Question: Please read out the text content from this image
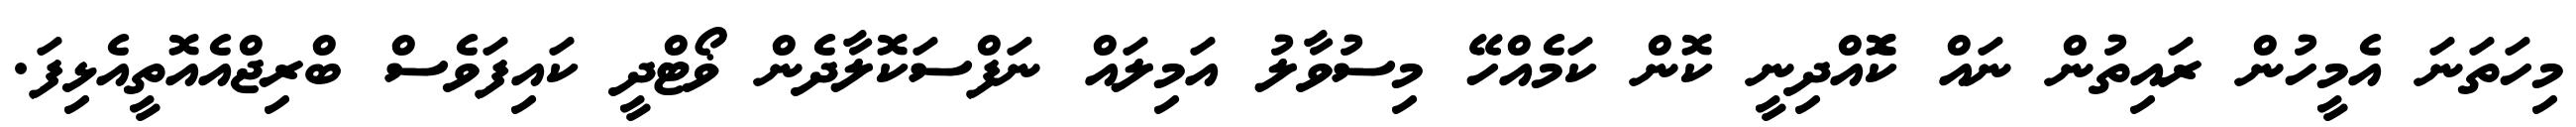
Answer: މިހަތަނަ އެމީހުން ރައިތުން ނައް ކޮެއްދިނީ ކޮން ކަމެއްހޭ މިސުވާލު އަމިލައް ނަފްސަކޮލާދެން ޥޯޓްދީ ކައިފަވެސް ބްރިޖްއެއޮތީއެޅިފަ.